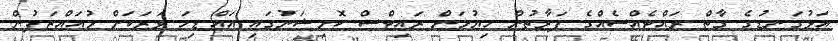
އަޅުގަނޑުގެ ގާތް ރައްޓެއްސެއްގެ ފަރާތުން ހިޔުމަން ރައިޓްސް ކޮމިޝަނުގައި އައްޑިހަ ވަރަކަށް މުއައްޒަފުން